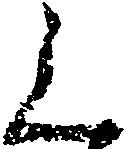
く